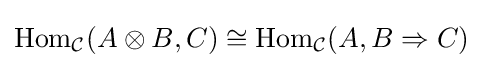
{\text{Hom}}_{\mathcal {C}}(A\otimes B,C)\cong {\text{Hom}}_{\mathcal {C}}(A,B\Rightarrow C)